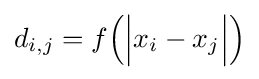
d_{i,j}=f{\Big (}{\Big |}x_{i}-x_{j}{\Big |}{\Big )}